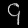
Digit: ၄